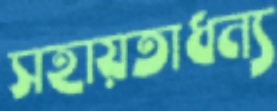
সহায়তাধন্য